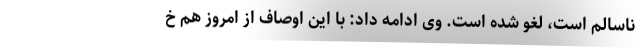
ناسالم است، لغو شده است. وی ادامه داد: با این اوصاف از امروز هم خ